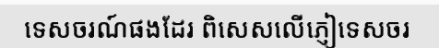
ទេសចរណ៍ផងដែរ ពិសេសលើភ្ញៀទេសចរ